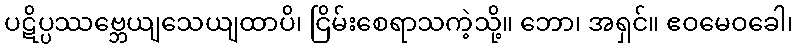
ပဋိပ္ပဿဗ္ဘေယျသေယျထာပိ၊ ငြိမ်းစေရာသကဲ့သို့။ ဘော၊ အရှင်။ ဧဝမေဝခေါ၊